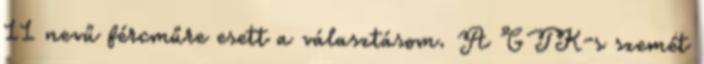
11 nevű fércműre esett a választásom. A GTK-s szemét